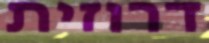
דרוזית